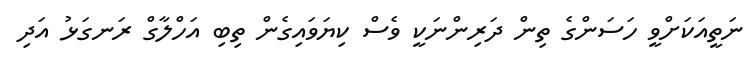
ނަތީއަކަށްވީ ހަސަންގެ ތިން ދަރިންނަކީ ވެސް ކިޔަވައިގެން ތިބި އަހްލާގް ރަނގަޅު އަދި